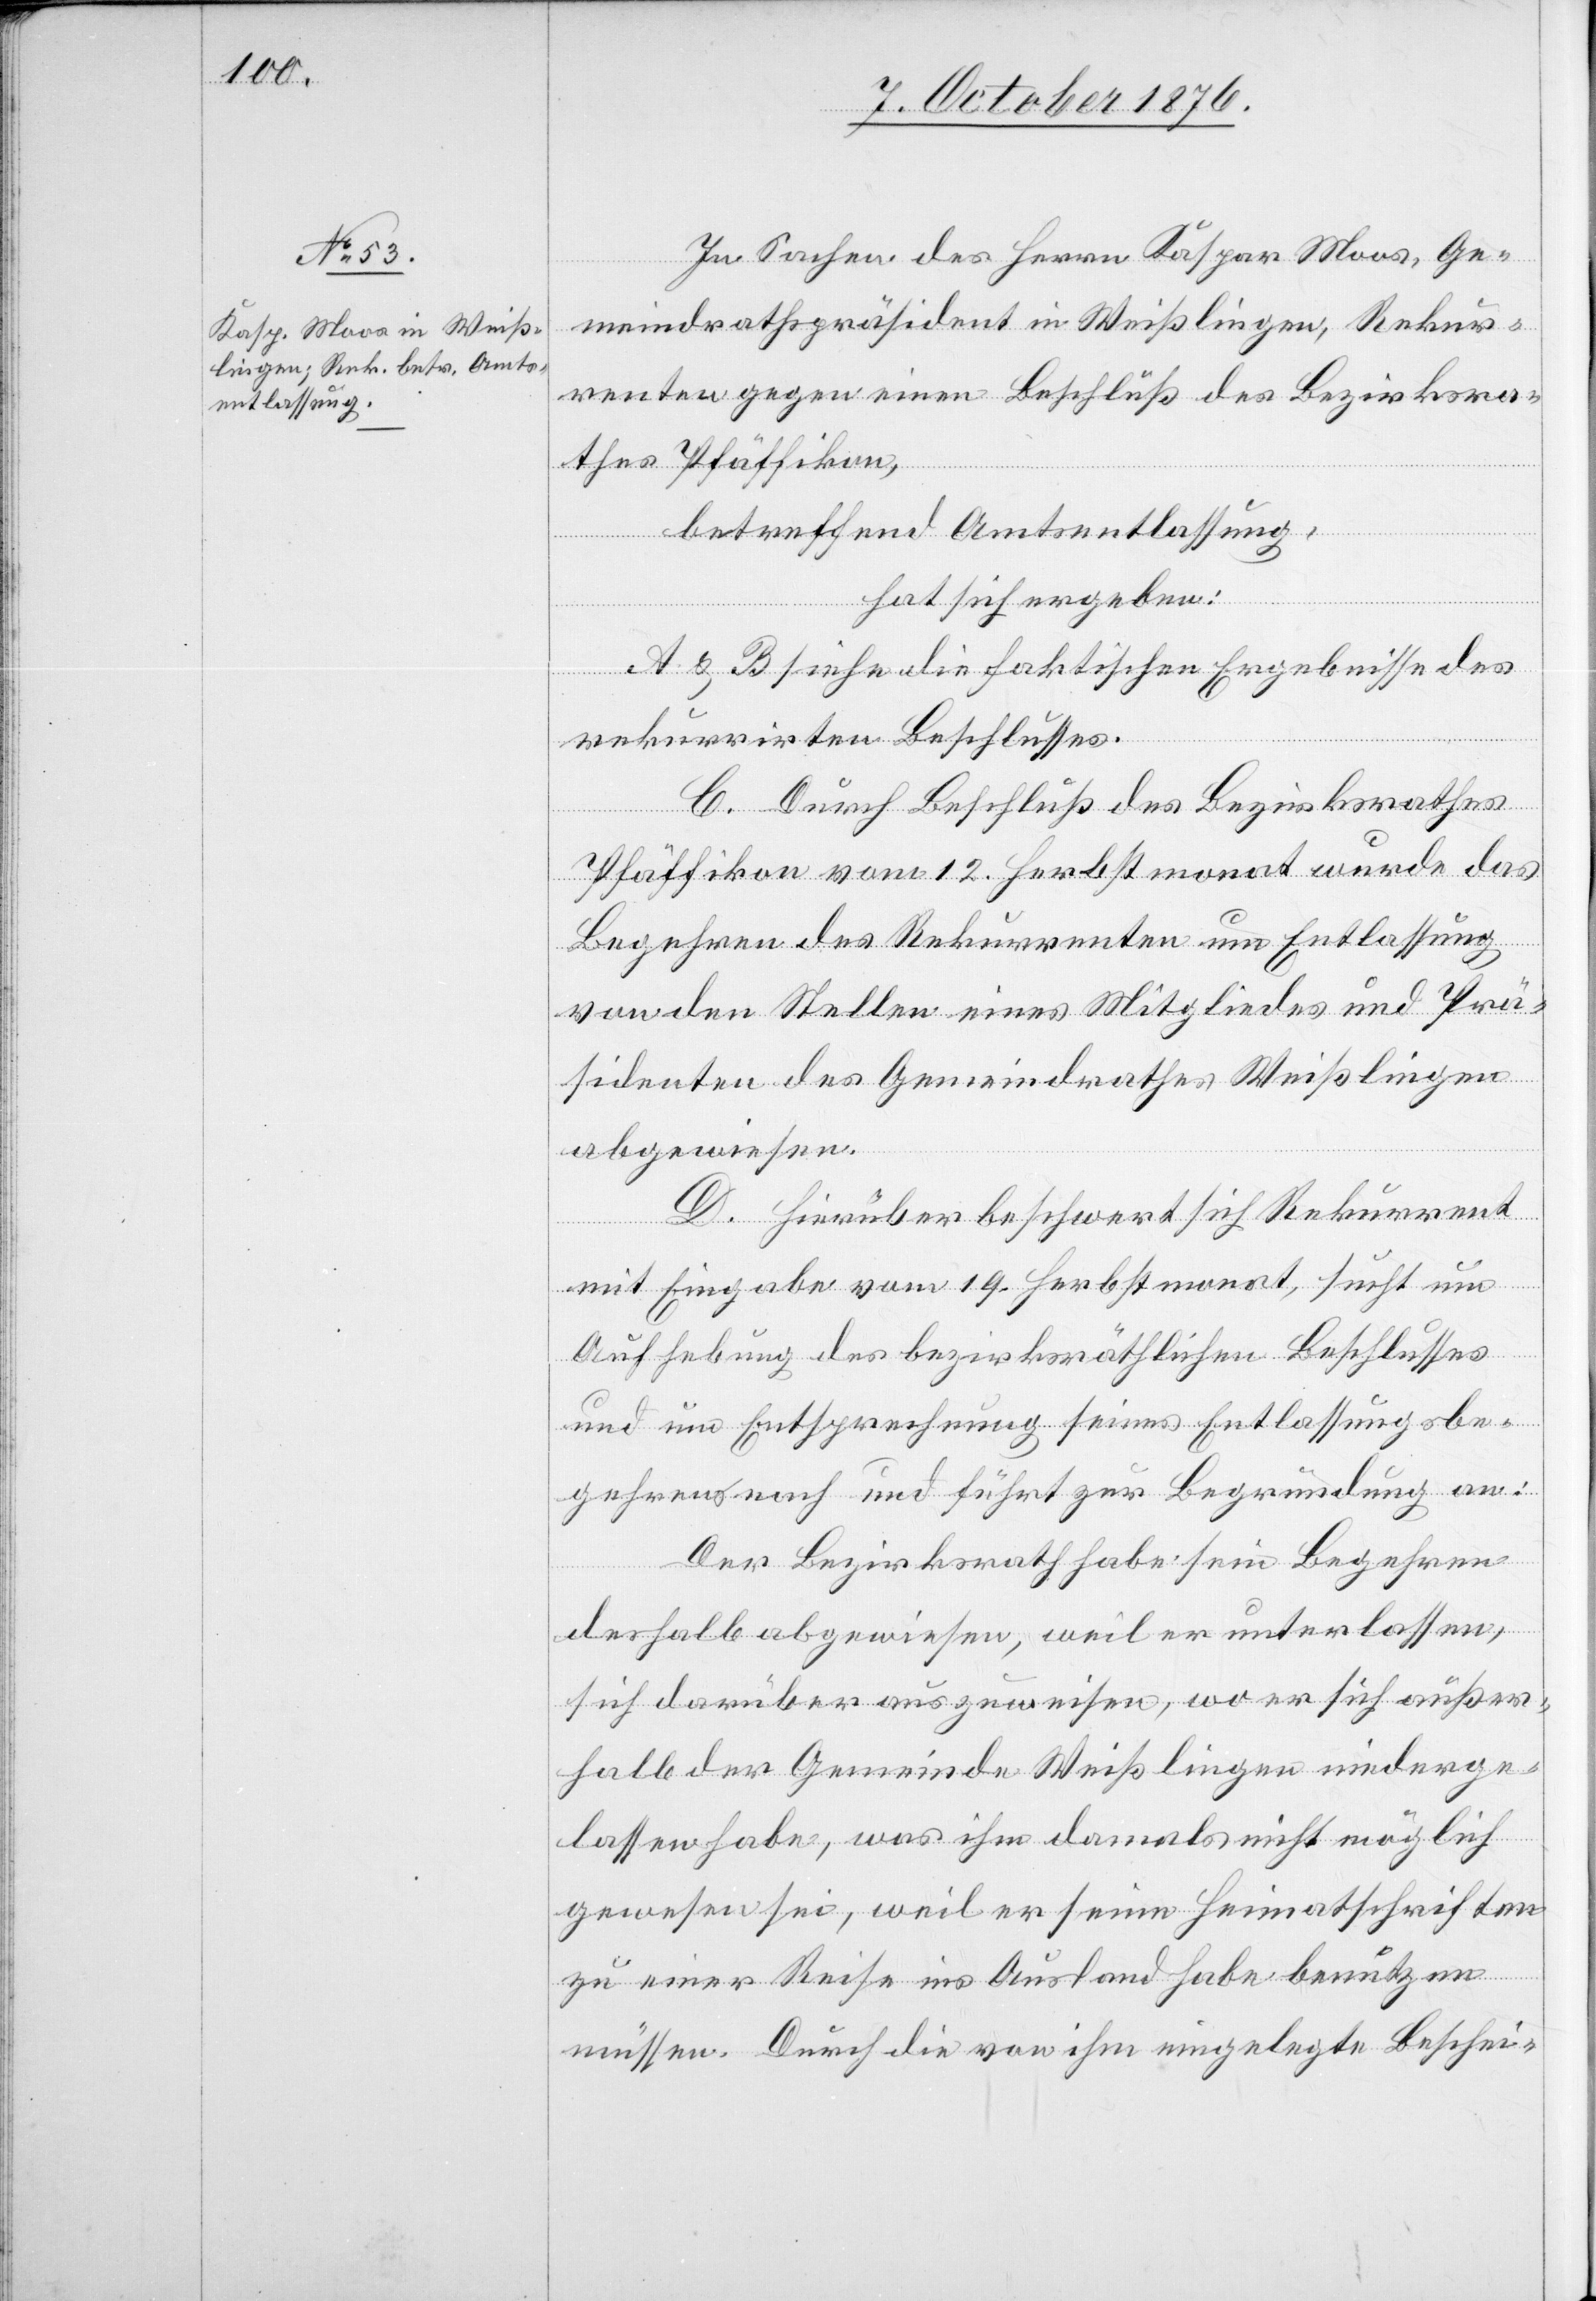
In Sachen des Herrn Kaspar Moos, Ge¬
meindrathspräsident in Weißlingen, Rekur¬
renten gegen einen Beschluß des Bezirksra¬
thes Pfäffikon,
betreffend Amtsentlassung,
hat sich ergeben:
A & B siehe die faktischen Ergebnisse des
rekurrirten Beschlusses.
C. Durch Beschluß des Bezirksrathes
Pfäffikon vom 12. Herbstmonat wurde das
Begehren des Rekurrenten um Entlassung
von den Stellen eines Mitgliedes und Prä¬
sidenten des Gemeindrathes Weißlingen
abgewiesen.
D. Hierüber beschwert sich Rekurrent
mit Eingabe vom 19. Herbstmonat, sucht um
Aufhebung des bezirksräthlichen Beschlusses
und um Entsprechung seines Entlassungsbe¬
gehrens nach und führt zur Begründung an:
Der Bezirksrath habe sein Begehren
deshalb abgewiesen, weil er unterlassen,
sich darüber auszuweisen, wo er sich außer¬
halb der Gemeinde Weißlingen niederge¬
lassen habe, was ihm damals nicht möglich
gewesen sei, weil er seine Heimatschriften
zu einer Reise ins Ausland habe benutzen
müssen. Durch die von ihm eingelegte Beschei-